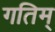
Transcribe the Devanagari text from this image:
गतिम्